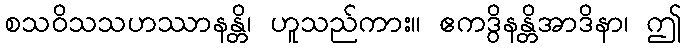
စသဝိသသဟဿာနန္တိ၊ ဟူသည်ကား။ ဧကဒွိနန္တိအာဒိနာ၊ ဤ